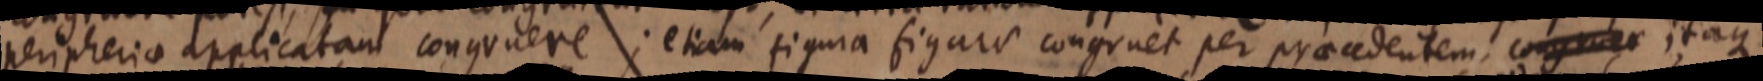
peripherio applicatam congruere; etiam figura figara congruet per praecedentem, congruere itaque